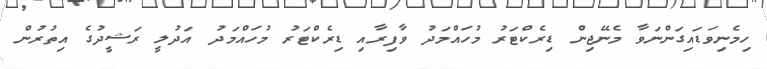
ހިމެނިވަޑައިގަންނަވާ މެނޭޖިން ޑިރެކްޓަރު މުހައްމަދު ވާފިރާއި ޑިރެކްޓަރު މުހައްމަދު އަދުލީ ރަޝީދުގެ އިތުރުން